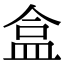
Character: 盒